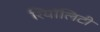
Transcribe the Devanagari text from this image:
रियॉलिटी